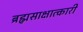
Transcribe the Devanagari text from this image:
ब्रह्मसाक्षात्कारी